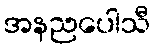
အနညပေါသီ